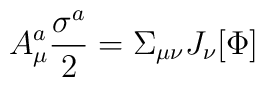
A_\mu^a \frac{\sigma^a}{2} =    \Sigma_{\mu \nu}J_\nu[\Phi]